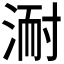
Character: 𭱈